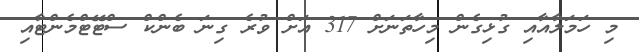
މި ހަމަލާއާއި ގުޅިގެން މިހާތަނަށް 317 އަށް ވުރެ ގިނަ ބެންކް ސްޓޭޓްމެންޓާއި